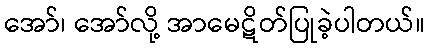
အော်၊ အော်လို့ အာမေဋိတ်ပြုခဲ့ပါတယ်။